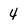
Character: 4